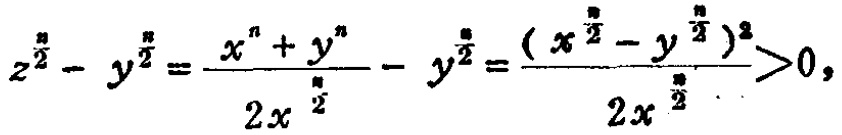
\(z^{\frac{n}{2}} - y^{\frac{n}{2}} = \frac{x^{n} + y^{n}}{2x^{\frac{n}{2}}} - y^{\frac{n}{2}} = \frac{(x^{\frac{n}{2}} - y^{\frac{n}{2}})^2}{2x^{\frac{n}{2}}} > 0,\)